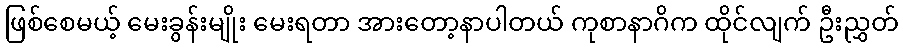
ဖြစ်စေမယ့် မေးခွန်းမျိုး မေးရတာ အားတော့နာပါတယ် ကုစာနာဂိက ထိုင်လျက် ဦးညွှတ်